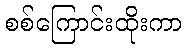
စစ်ကြောင်းထိုးကာ